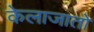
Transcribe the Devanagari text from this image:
केलाजातो